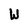
Character: W